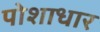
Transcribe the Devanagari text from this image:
पोशाधार